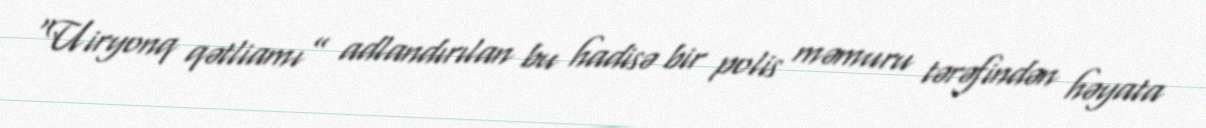
“Uiryonq qətliamı” adlandırılan bu hadisə bir polis məmuru tərəfindən həyata